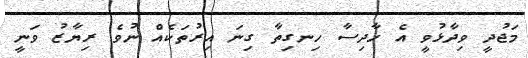
މަޖުދީ ވިދާޅުވީ އެ ހާދިސާ ހިނގިތާ ގިނަ އިރުތަކެއް ނުވެ ރިޔާޒު ވަނީ